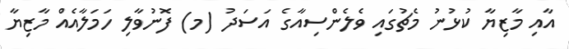
އާއި މާޒިޔާ ކުޅުނު މެޗުގައި ވެލެންސިއާގެ އަސަދު (މ) ފޮނުވާލި ހަމަލާއެއް މާޒިޔާ